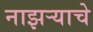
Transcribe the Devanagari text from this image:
नाझऱ्याचे